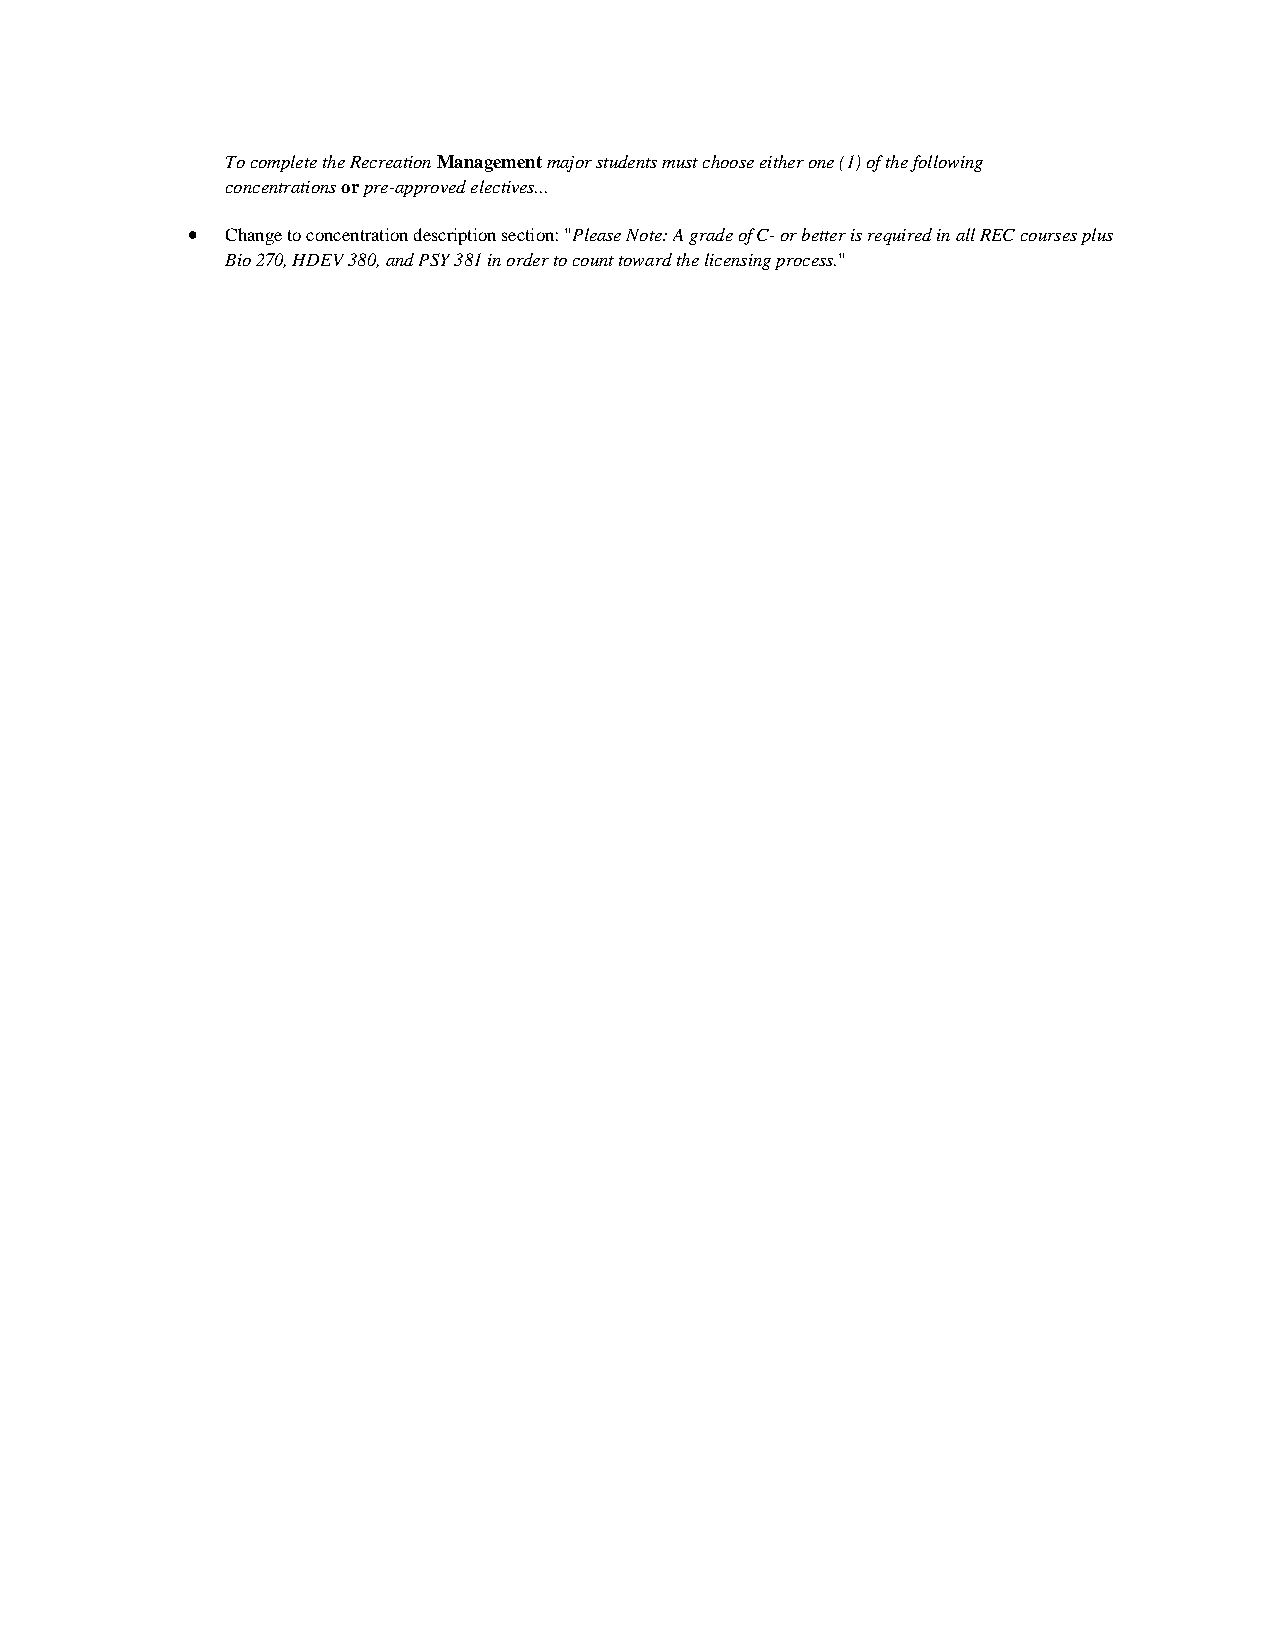
To complete the Recreation Management major students must choose either one (1) of the following
 concentrations or pre-approved electives...
 •  Change to concentration description section: "Please Note: A grade of C- or better is required in all REC courses plus
 Bio 270, HDEV 380, and PSY 381 in order to count toward the licensing process."